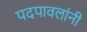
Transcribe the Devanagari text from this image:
पदपावलांनी